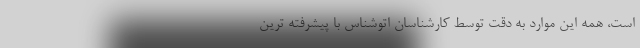
است، همه این موارد به دقت توسط کارشناسان اتوشناس با پیشرفته ترین